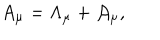
LaTeX: A _ { \mu } = \Lambda _ { \mu } + { \cal A } _ { \mu } ,